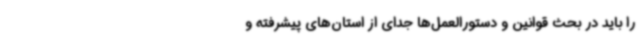
را باید در بحث قوانین و دستورالعمل‌ها جدای از استان‌های پیشرفته و